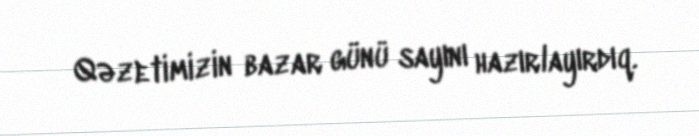
Qəzetimizin bazar günü sayını hazırlayırdıq.